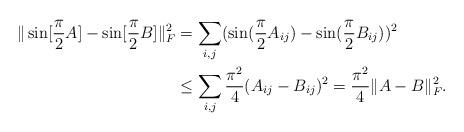
LaTeX: \begin{align*} \|\sin[\frac{\pi}{2}A]-\sin[\frac{\pi}{2}B]\|_{F}^2&=\sum_{i,j}(\sin(\frac{\pi}{2}A_{ij})-\sin(\frac{\pi}{2}B_{ij}))^2\\ &\le \sum_{i,j}\frac{\pi^2}{4}(A_{ij}-B_{ij})^2=\frac{\pi^2}{4}\|A-B\|_{F}^2.\end{align*}